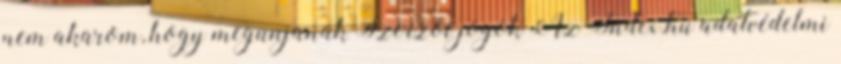
nem akarom, hogy megunjanak Szerzői jogok Az Index.hu adatvédelmi